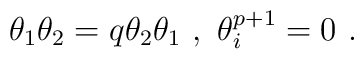
\theta_{1}\theta_{2}=q\theta_{2}\theta_{1}\ ,\ \theta^{p+1}_{i}=0\ .